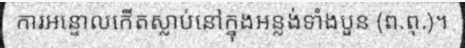
ការអន្ទោលកើតស្លាប់នៅក្នុងអន្លង់ទាំងបួន (ព.ពុ.)។